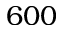
6 0 0